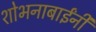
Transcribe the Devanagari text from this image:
शोभनाबाईंनी